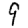
Digit: 9